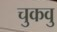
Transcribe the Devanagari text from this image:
चुकवु